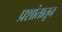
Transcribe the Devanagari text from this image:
प्रशांतातून